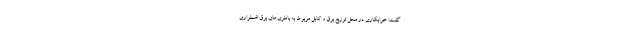
گفت: خرابکاری در محل توزیع برق و کابل مربوط به باطری‌های برق اضطراری